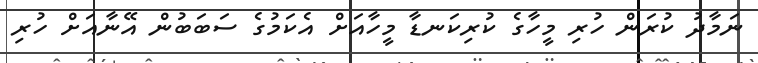
ނަމާދު ކުރަން ހުރި މީހާގެ ކުރިކަނޑާ މީހާއަށް އެކަމުގެ ސަބަބުން އޭނާއަށް ހުރި